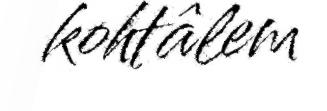
kohtâlem